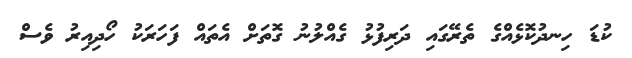
ކުޑަ ހިނދުކޮޅެއްގެ ތެރޭގައި ދަރިފުޅު ގެއްލުނު ގޮތަށް އެތައް ފަަހަރަކު ހޯދިއިރު ވެސް